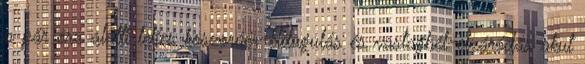
a pár óra alatti teljes koszorúér-eldugulás és vastagbél-elzáródás akut